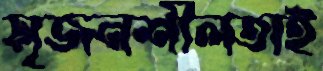
সৃজনশীলতাই